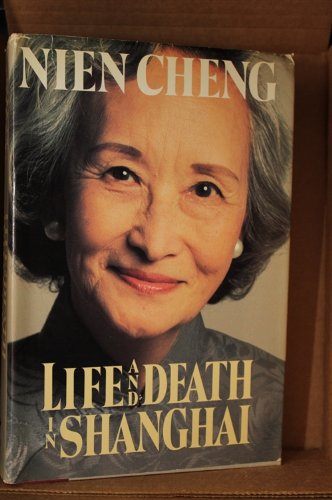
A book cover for Life and Death in Shanghai; Nien Cheng; Biographies & Memoirs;